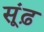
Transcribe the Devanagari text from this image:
सूंढ़